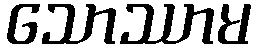
သောဿာမ